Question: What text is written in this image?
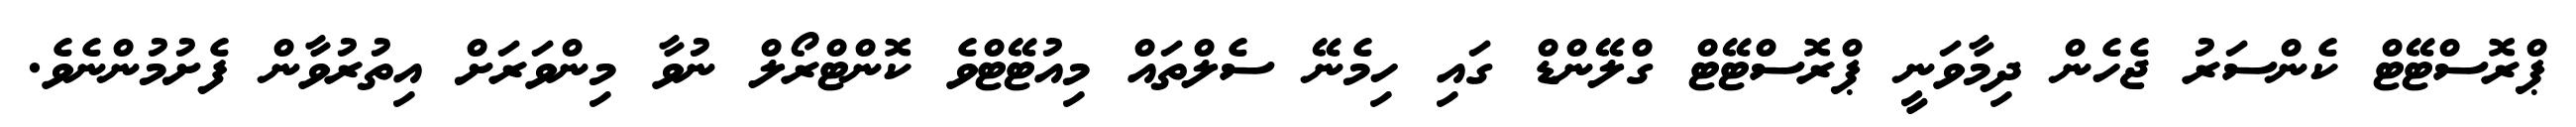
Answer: ޕްރޮސްޓޭޓް ކެންސަރު ޖެހެން ދިމާވަނީ ޕްރޮސްޓޭޓް ގްލޭންޑް ގައި ހިމެނޭ ސެލްތައް މިއުޓޭޓްވެ ކޮންޓްރޯލް ނުވާ މިންވަރަށް އިތުރުވާން ފެށުމުންނެވެ.